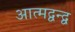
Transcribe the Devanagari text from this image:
आत्मद्वन्द्व